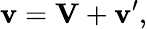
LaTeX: \mathbf{v}=\mathbf{V}+\mathbf{v}^{\prime},